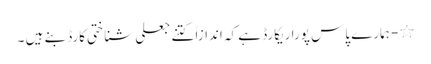
٭- ہمارے پاس پورا ریکارڈ ہے کہ اندازاً کتنے جعلی شناختی کارڈ بنے ہیں ۔